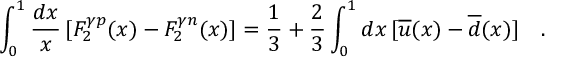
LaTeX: \int _ { 0 } ^ { 1 } \frac { d x } { x } \, [ F _ { 2 } ^ { \gamma p } ( x ) - F _ { 2 } ^ { \gamma n } ( x ) ] = \frac { 1 } { 3 } + \frac { 2 } { 3 } \int _ { 0 } ^ { 1 } d x \, [ \overline { { u } } ( x ) - \overline { { d } } ( x ) ] \ \ \ .